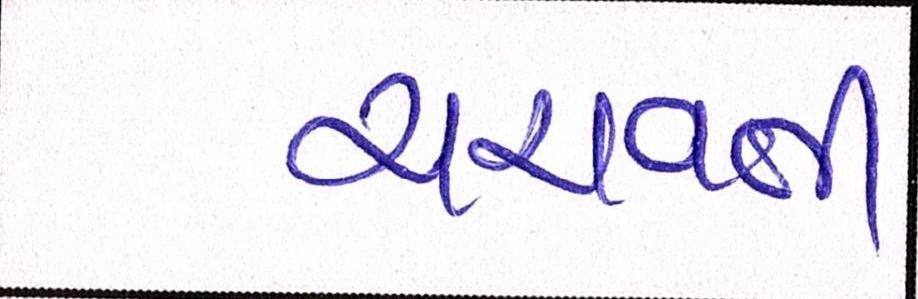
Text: ચરાવતી